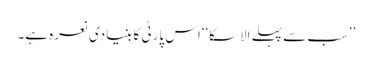
’’سب سے پہلے الاسکا‘‘اس پارٹی کا بنیادی نعرہ ہے۔